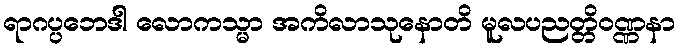
ရာဂပ္ပဘေဒါ လောကသ္မာ အကိလာသုနောတိ မူလပညတ္တိဝဏ္ဏနာ